Indian journal of veterinary science and animal husbandry - Volume 7,
Year: 1937
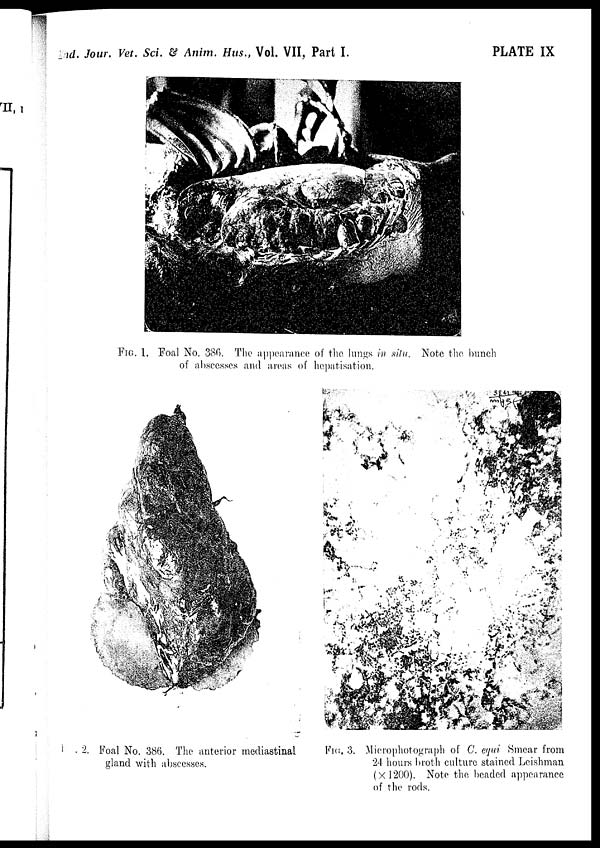
Ind. Jour. Vet. Sci. & Anim. Hus., Vol. VII, Part I.
PLATE IX
FIG. 1. Foal No. 386. The appearance of the lungs in situ. Note the bunch
of abscesses and areas of hepatisation.
FIG. 2. Foal No. 386. The anterior mediastinal
gland with abscesses.
FIG. 3. Microphotograph of C. equi Smear from
24 hours broth culture stained Leishman
(×1200). Note the beaded appearance
of the rods.